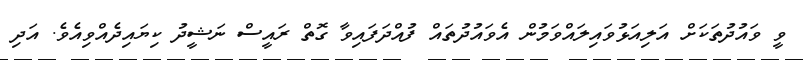
ވީ ވައުދުތަަކަަށް އަލިއަޅުވައިލައްވަމުން އެވައުދުތައް ފުއްދަފައިވާ ގޮތް ރައީސް ނަޝީދު ކިޔައިދެއްވިއެވެ. އަދި